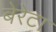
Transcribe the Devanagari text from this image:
बेरेटा